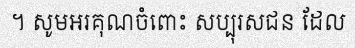
។ សូមអរគុណចំពោះ សប្បុរសជន ដែល